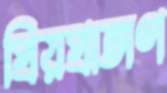
প্রিয়প্রাঙ্গণ